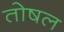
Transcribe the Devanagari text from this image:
तोषल